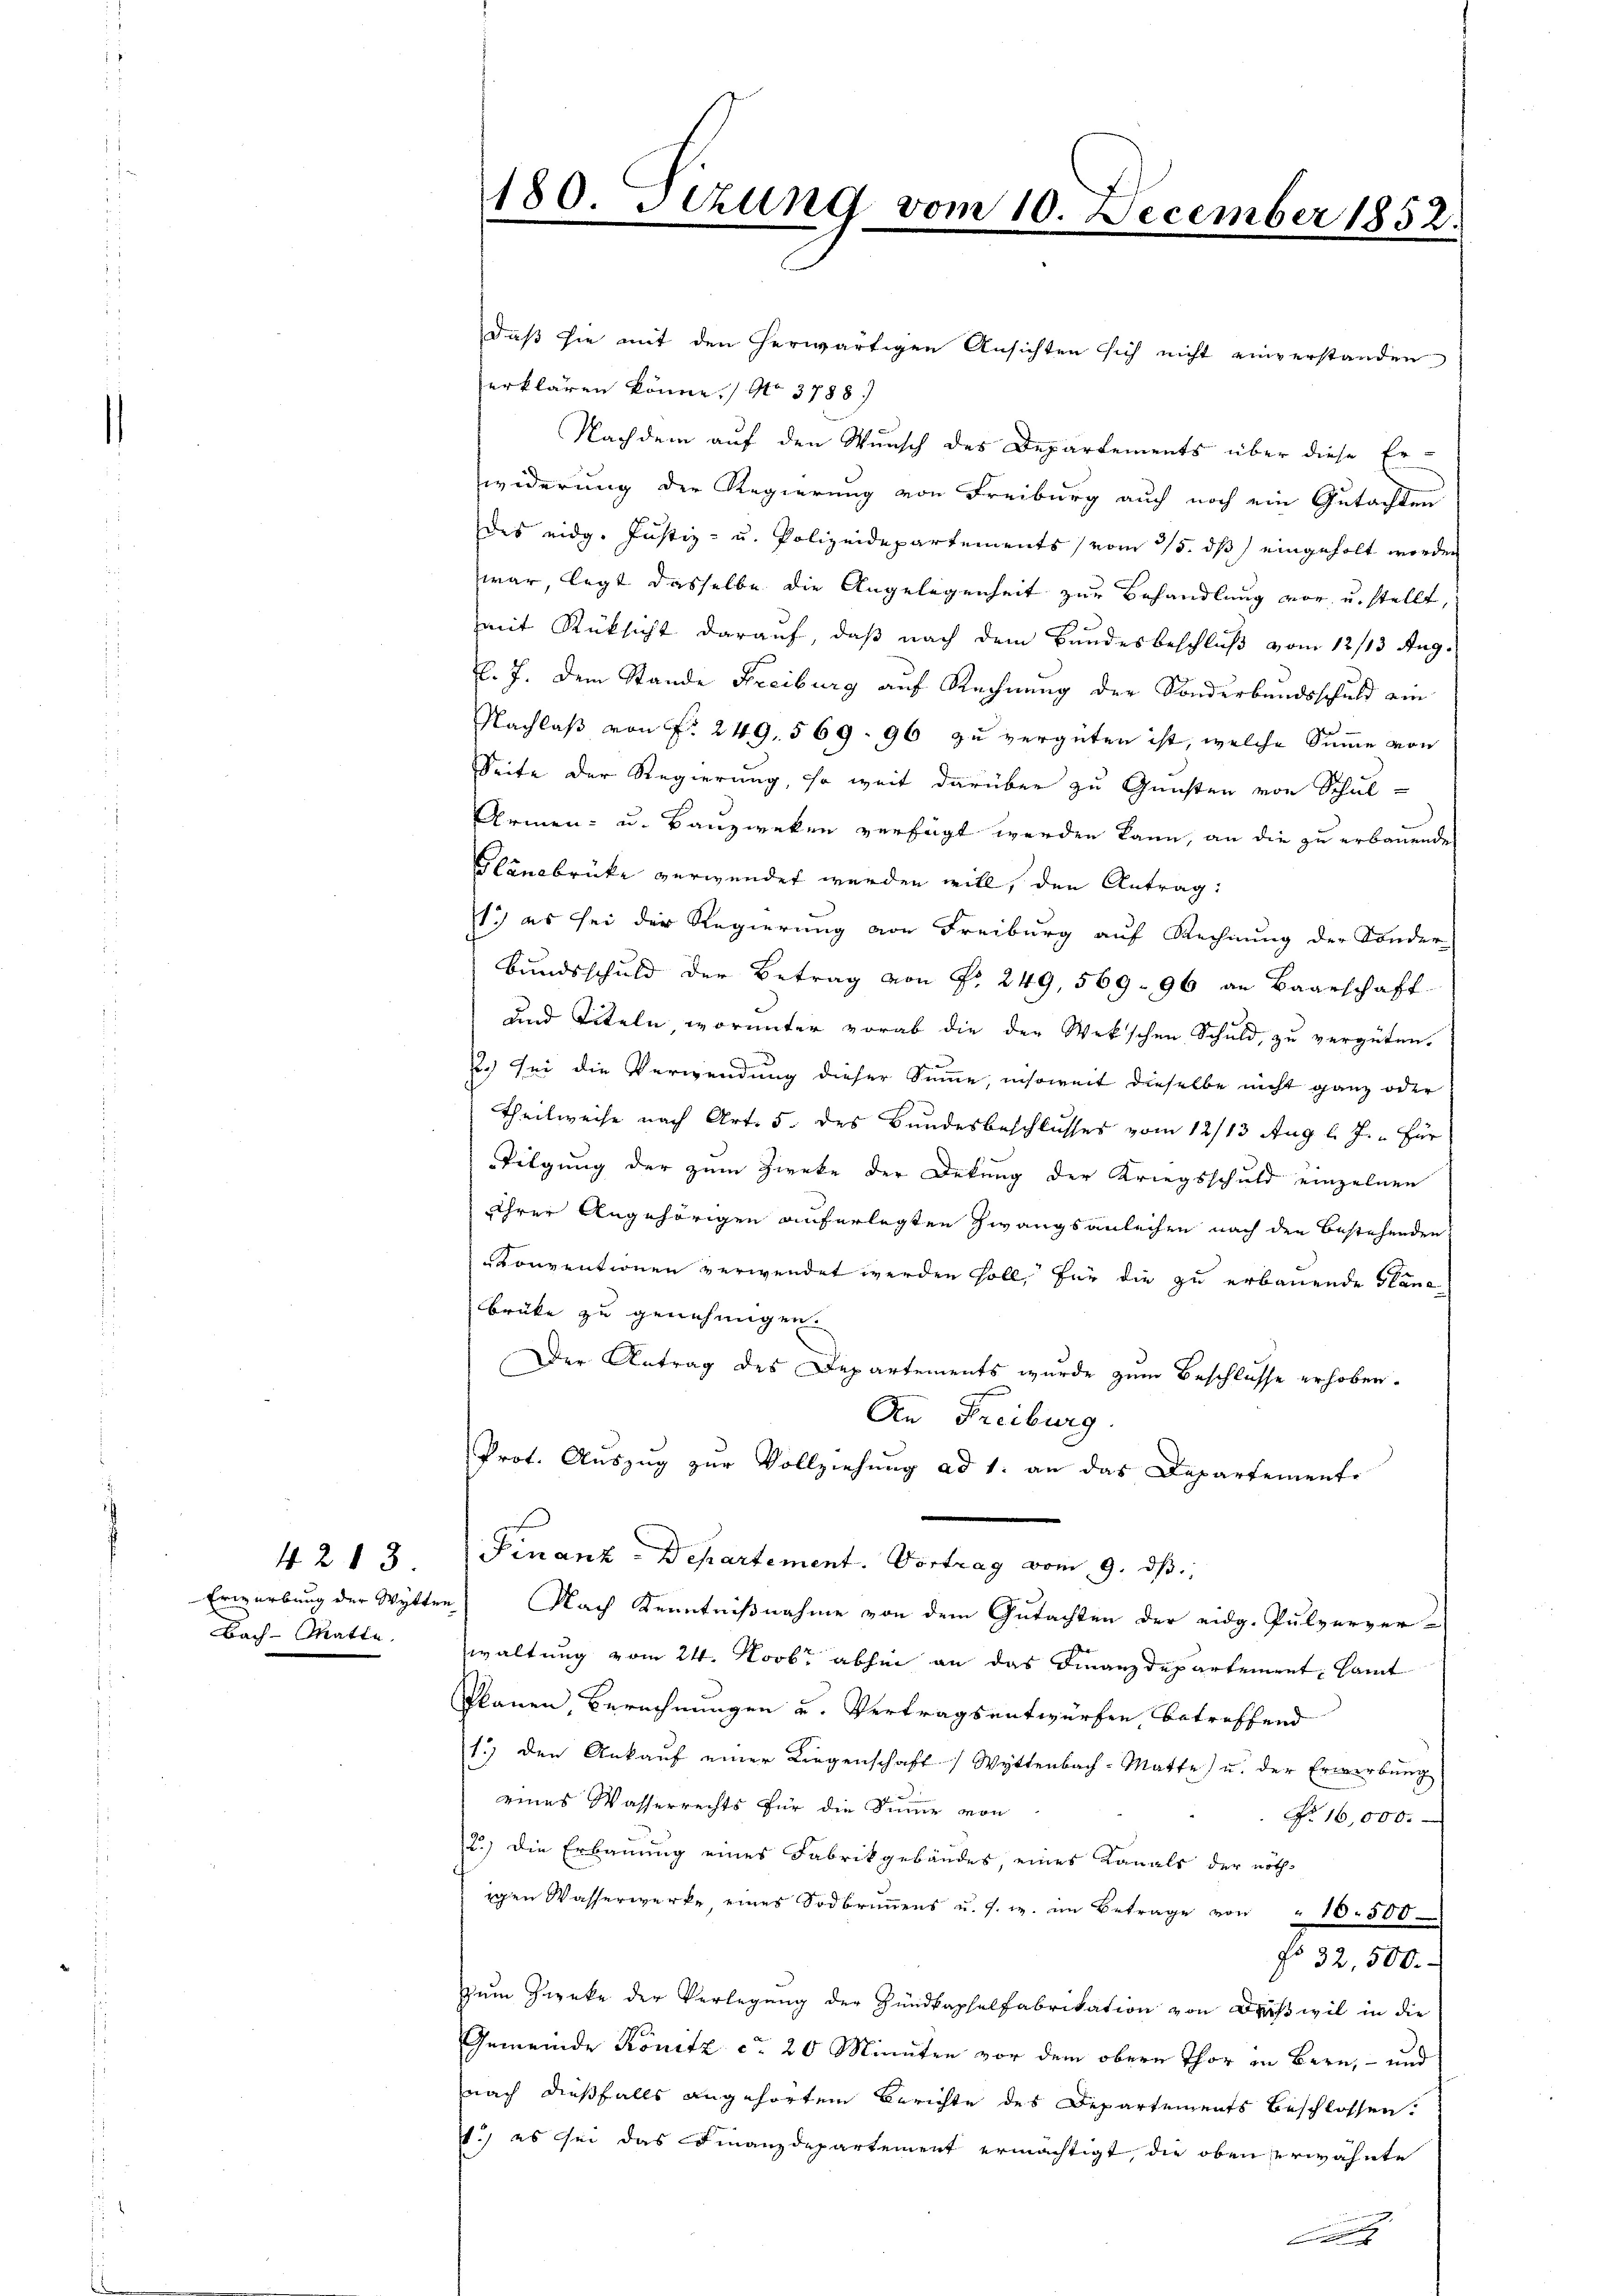
4213.
Bach-Matte.

daß sie mit den herwärtigen Ansichten sich nicht einverstanden
erklären könne, No 3788.
Nachdem auf den Wunsch des Departements über diese Erwiderung der Regierung von Freiburg auch noch ein Gutachten
des eidg. Justiz- u. Polizeidepartements vom 25. ds eingeholt werden
war, legt dasselbe die Angelegenheit zur Behandlung vor, u. stellt,
mit Rücksicht darauf, daß nach dem Bundesbeschluß vom 12/13 Aug.
k. J. dem Stande Freiburg auf Rechnung der Sonderbundsschuld ein
Nachlaß von f. 249. 569. 96 zu vergüten ist, welche Summe von
Seite der Regierung, so weit darüber zu Gunsten von Schul-
Armen- u. Bauzweken verfügt werden kann, an die zu erbauende
Glänabrücke verwendet werden will, den Antrag:
1.) es sei der Regierung von Freiburg auf Rechnung der Sonder
Bŭndsschuld der Betrag von Fr. 249, 569. 96 an Baarschaft
und Titeln, worunter vorab die der Wekschen Schuld, zu vergüten.
7.) Sei die Verwendung dieser Summe, insoweit dieselbe nicht ganz oder
Theilweise nach Art. 5. des Bundesbeschlusses vom 12/13 Aug. l. J. für
Tilgung der zum Zwecke der Dekung der Kriegsschuld einzelnen
Ihrer Angehörigen auferlegten Zwangsanleihen nach den bestehenden
Konventionen verwendet werden soll, für die zu erbauende Plane
brüke zu genehmigen.
Der Antrag des Departements wurde zum Beschlüsse erhoben.
An Freiburg.
Prot. Aŭszŭg zŭr Vollziehŭng ad 1. an das Departemente
Finanz-Departement. Vortrag vom 9. ds.
Erwerbung der Witten Nach Kenntnißnahme von dem Gutachten der eidg. Pulverver-
waltung vom 24. Novbr. abhin an das Finanzdepartement samt
Plänen, Berechnungen u. Vertragsentwürfen, betreffend
1.) den Ankaŭf einer Liegenschaft Wyttenbach-Matte) u. der Erwerbŭng
eines Wasserrechts für die Sinne von
No. 16,000.
2.) Die Erbauung eines Fabrikgebäudes, eines Kanals der nöth
igen Wasserwerke, eines Sodbrŭṅens u. s. w. im Betrage von " 10. 500
No 32,500.
Zum Zwecke der Verlegung der Hundkaphelfabrikation von Driswil in die
Gemeinde Konitz ca 20 Minuten vor dem obern Thor in Bern, – und
nach dießfalls angehörtem Berichte des Departements beschlossen.
1.) es sei das Finanzdepartement ermächtigt, die oben erwähnte

180. Sizung vom 10. December 1852.

b